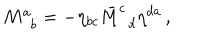
M _ { \, \, \, b } ^ { a } = - \eta _ { b c } \bar { M } _ { \, \, \, d } ^ { c } \eta ^ { d a } \, ,